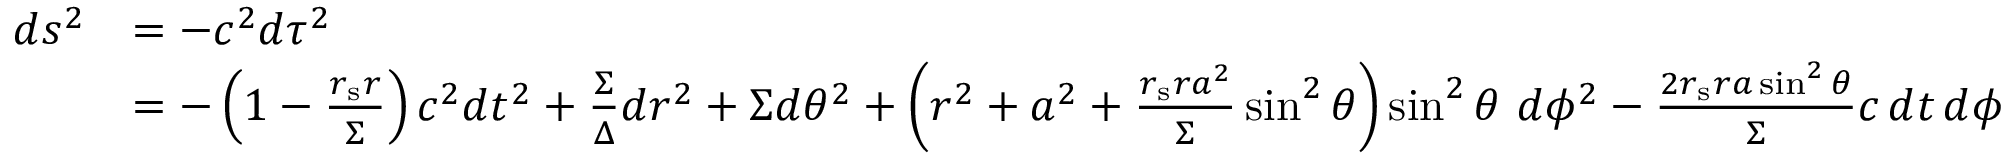
{ \begin{array} { r l } { d s ^ { 2 } } & { = - c ^ { 2 } d \tau ^ { 2 } } \\ & { = - \left( 1 - { \frac { r _ { \mathrm { s } } r } { \Sigma } } \right) c ^ { 2 } d t ^ { 2 } + { \frac { \Sigma } { \Delta } } d r ^ { 2 } + \Sigma d \theta ^ { 2 } + \left( r ^ { 2 } + a ^ { 2 } + { \frac { r _ { \mathrm { s } } r a ^ { 2 } } { \Sigma } } \sin ^ { 2 } \theta \right) \sin ^ { 2 } \theta \ d \phi ^ { 2 } - { \frac { 2 r _ { \mathrm { s } } r a \sin ^ { 2 } \theta } { \Sigma } } c \, d t \, d \phi } \end{array} }